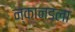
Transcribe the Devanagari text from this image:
न्कानडला